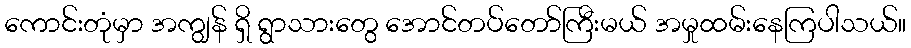
ကောင်းတုံမှာ အကျွန် ရှိ ရွာသားတွေ အောင်တပ်တော်ကြီးမယ် အမှုထမ်းနေကြပါသယ်။